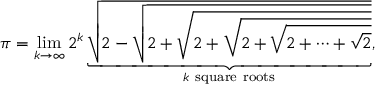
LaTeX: \pi = \operatorname* { l i m } _ { k \to \infty } 2 ^ { k } \underbrace { \sqrt { 2 - { \sqrt { 2 + { \sqrt { 2 + { \sqrt { 2 + { \sqrt { 2 + \cdots + { \sqrt { 2 } } } } } } } } } } } } _ { k \ \mathrm { s q u a r e } \ \mathrm { r o o t s } } ,